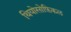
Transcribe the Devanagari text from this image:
थियोसोफ़िकल